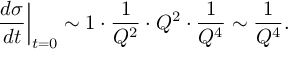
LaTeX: \left. \frac { d \sigma } { d t } \right| _ { t = 0 } \sim 1 \cdot \frac { 1 } { Q ^ { 2 } } \cdot Q ^ { 2 } \cdot \frac { 1 } { Q ^ { 4 } } \sim \frac { 1 } { Q ^ { 4 } } .